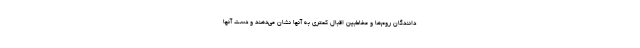
دانندگان روم‌ها و مخاطبین اقبال کمتری به آنها نشان می‌دهند و دست آنها